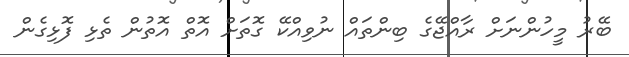
ބޭރު މީހުންނަށް ރާއްޖޭގެ ބިންތައް ނުވިއްކޭ ގޮތަށް އޮތް އޮތުން ތެޅި ފޮޅިގެން